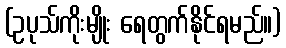
(ဥပုသ်ကိုးမျိုး ရေတွက်နိုင်ရမည်။)